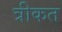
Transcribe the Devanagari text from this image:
त्रीकत